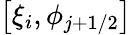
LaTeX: \displaystyle\big[\xi_{i},\phi_{j+1/2}\big]